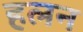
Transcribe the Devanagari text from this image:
हलन